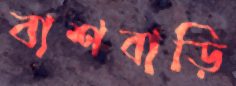
বাশবাড়ি